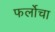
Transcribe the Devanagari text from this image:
फर्लोचा